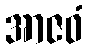
အာဇဝံ